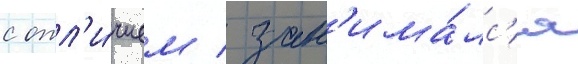
с отл'и́чием / зан'има́лс'я